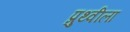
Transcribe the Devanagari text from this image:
प्रुथ्वीला